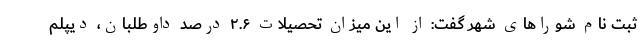
ثبت نام شوراهای شهر گفت: از این میزان تحصیلات ۲.۶ درصد داوطلبان، دیپلم